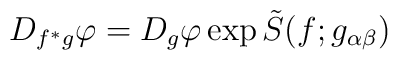
D_{f^\ast g} \varphi = D_{g} \varphi \exp{\tilde S(f; g_{\alpha\beta})}